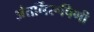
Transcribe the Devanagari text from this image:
अंतर्निरूपिणी